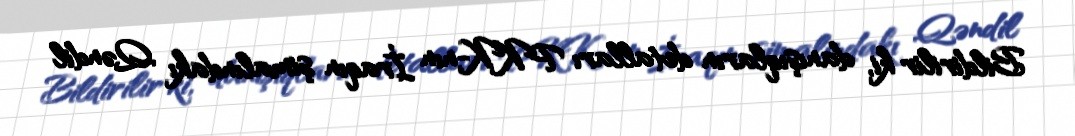
Bildirilir ki, danışıqların detalları PKK-nın İraqın şimalındakı Qəndil